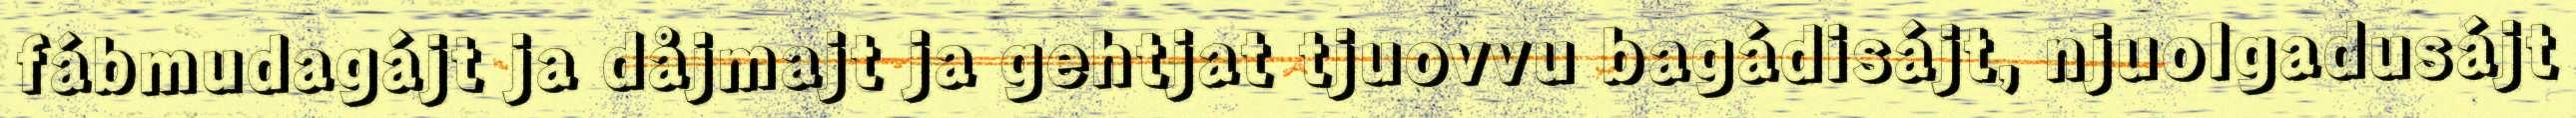
fábmudagájt ja dåjmajt ja gehtjat tjuovvu bagádisájt, njuolgadusájt